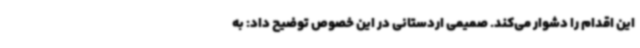
این اقدام را دشوار می‌کند. صمیمی اردستانی در این خصوص توضیح داد: به